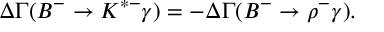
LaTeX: \Delta \Gamma ( B ^ { - } \to K ^ { * - } \gamma ) = - \Delta \Gamma ( B ^ { - } \to \rho ^ { - } \gamma ) .